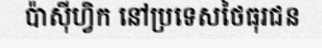
ប៉ាស៊ីហ្វិក នៅប្រទេសថៃធុរជន